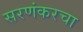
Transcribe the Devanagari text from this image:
सरणंकरचा